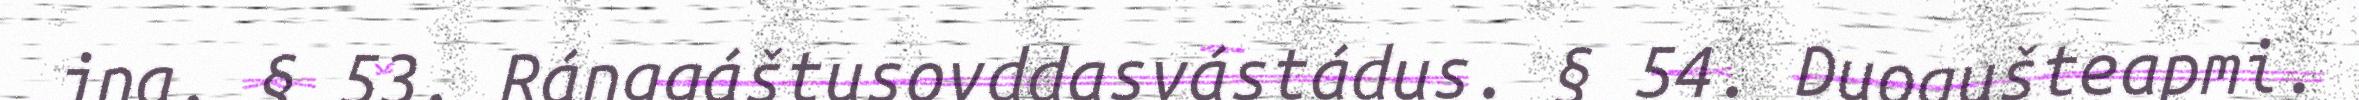
jna. § 53. Ráŋggáštusovddasvástádus. § 54. Duogušteapmi.